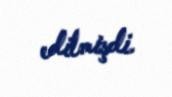
edilmişdi.